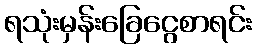
ရသုံးမှန်းခြေငွေစာရင်း